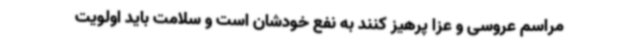
مراسم عروسی و عزا پرهیز کنند به نفع خودشان است و سلامت باید اولویت